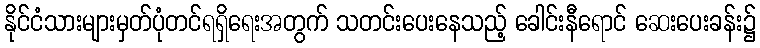
နိုင်ငံသားများမှတ်ပုံတင်ရရှိရေးအတွက် သတင်းပေးနေသည့် ခေါင်းနီရောင် ဆေးပေးခန်း၌